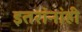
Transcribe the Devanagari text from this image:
इतरांनांही